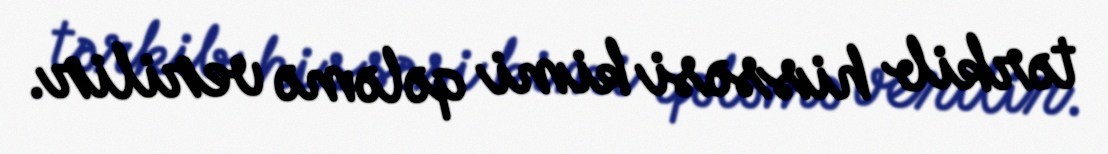
tərkib hissəsi kimi qələmə verilir.